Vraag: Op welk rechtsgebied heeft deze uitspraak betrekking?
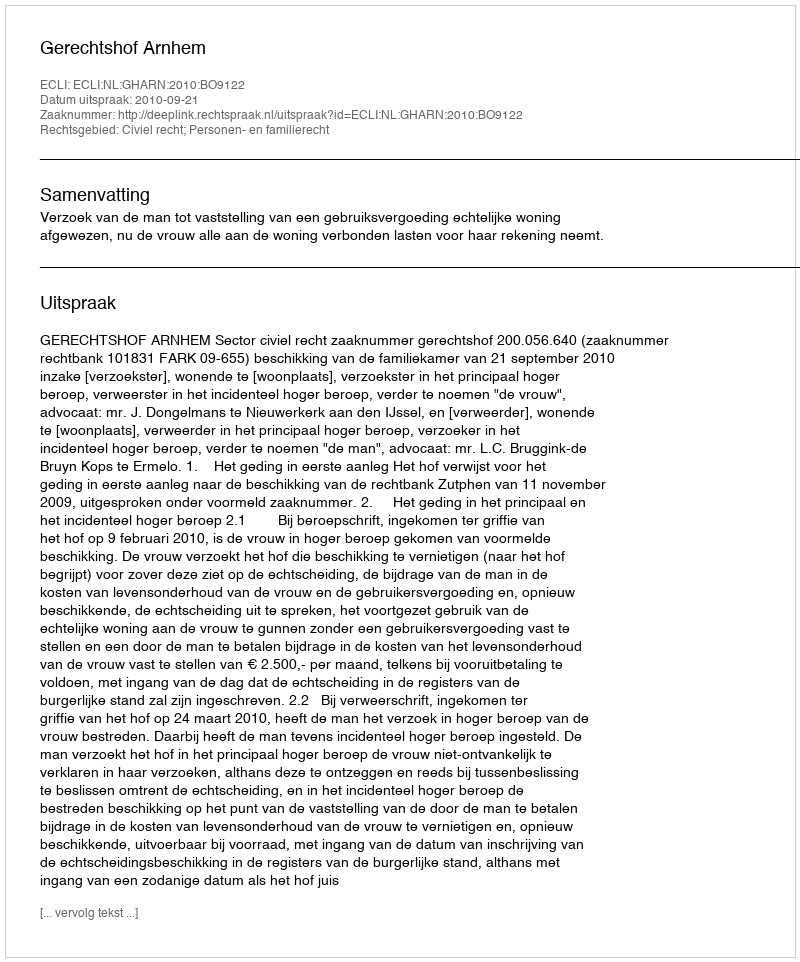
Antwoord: Civiel recht; Personen- en familierecht